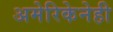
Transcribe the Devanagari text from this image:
अमेरिकेनेही